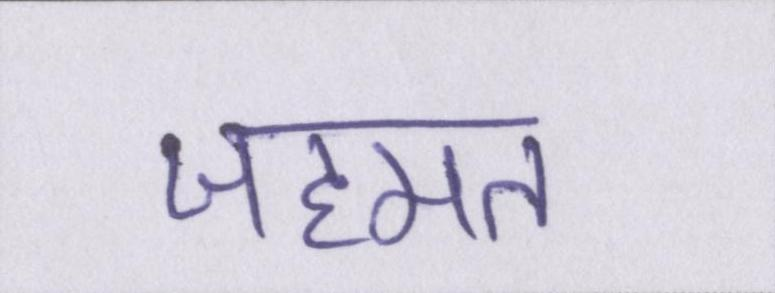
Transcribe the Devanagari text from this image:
जहमत